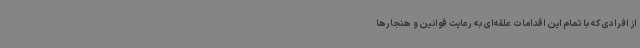
از افرادی که با تمام این اقدامات علقه‌ای به رعایت قوانین و هنجارها